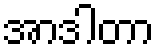
အာဒါတာ